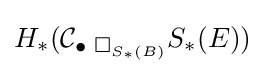
H_{\ast }(\mathbf {\mathcal {C}} _{\bullet {{\text{  }}\Box _{S_{\ast }(B)}}}S_{\ast }(E))